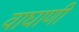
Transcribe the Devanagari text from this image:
वाघाणी